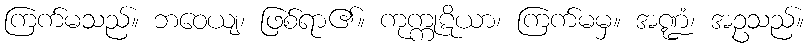
ကြက်မသည်။ ဘဝေယျ၊ ဖြစ်ရာ၏။ ကုက္ကုဋိယာ၊ ကြက်မမှ။ အဏ္ဍံ၊ အဥသည်။